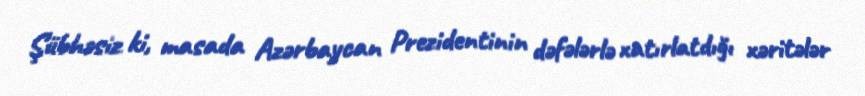
Şübhəsiz ki, masada Azərbaycan Prezidentinin dəfələrlə xatırlatdığı xəritələr